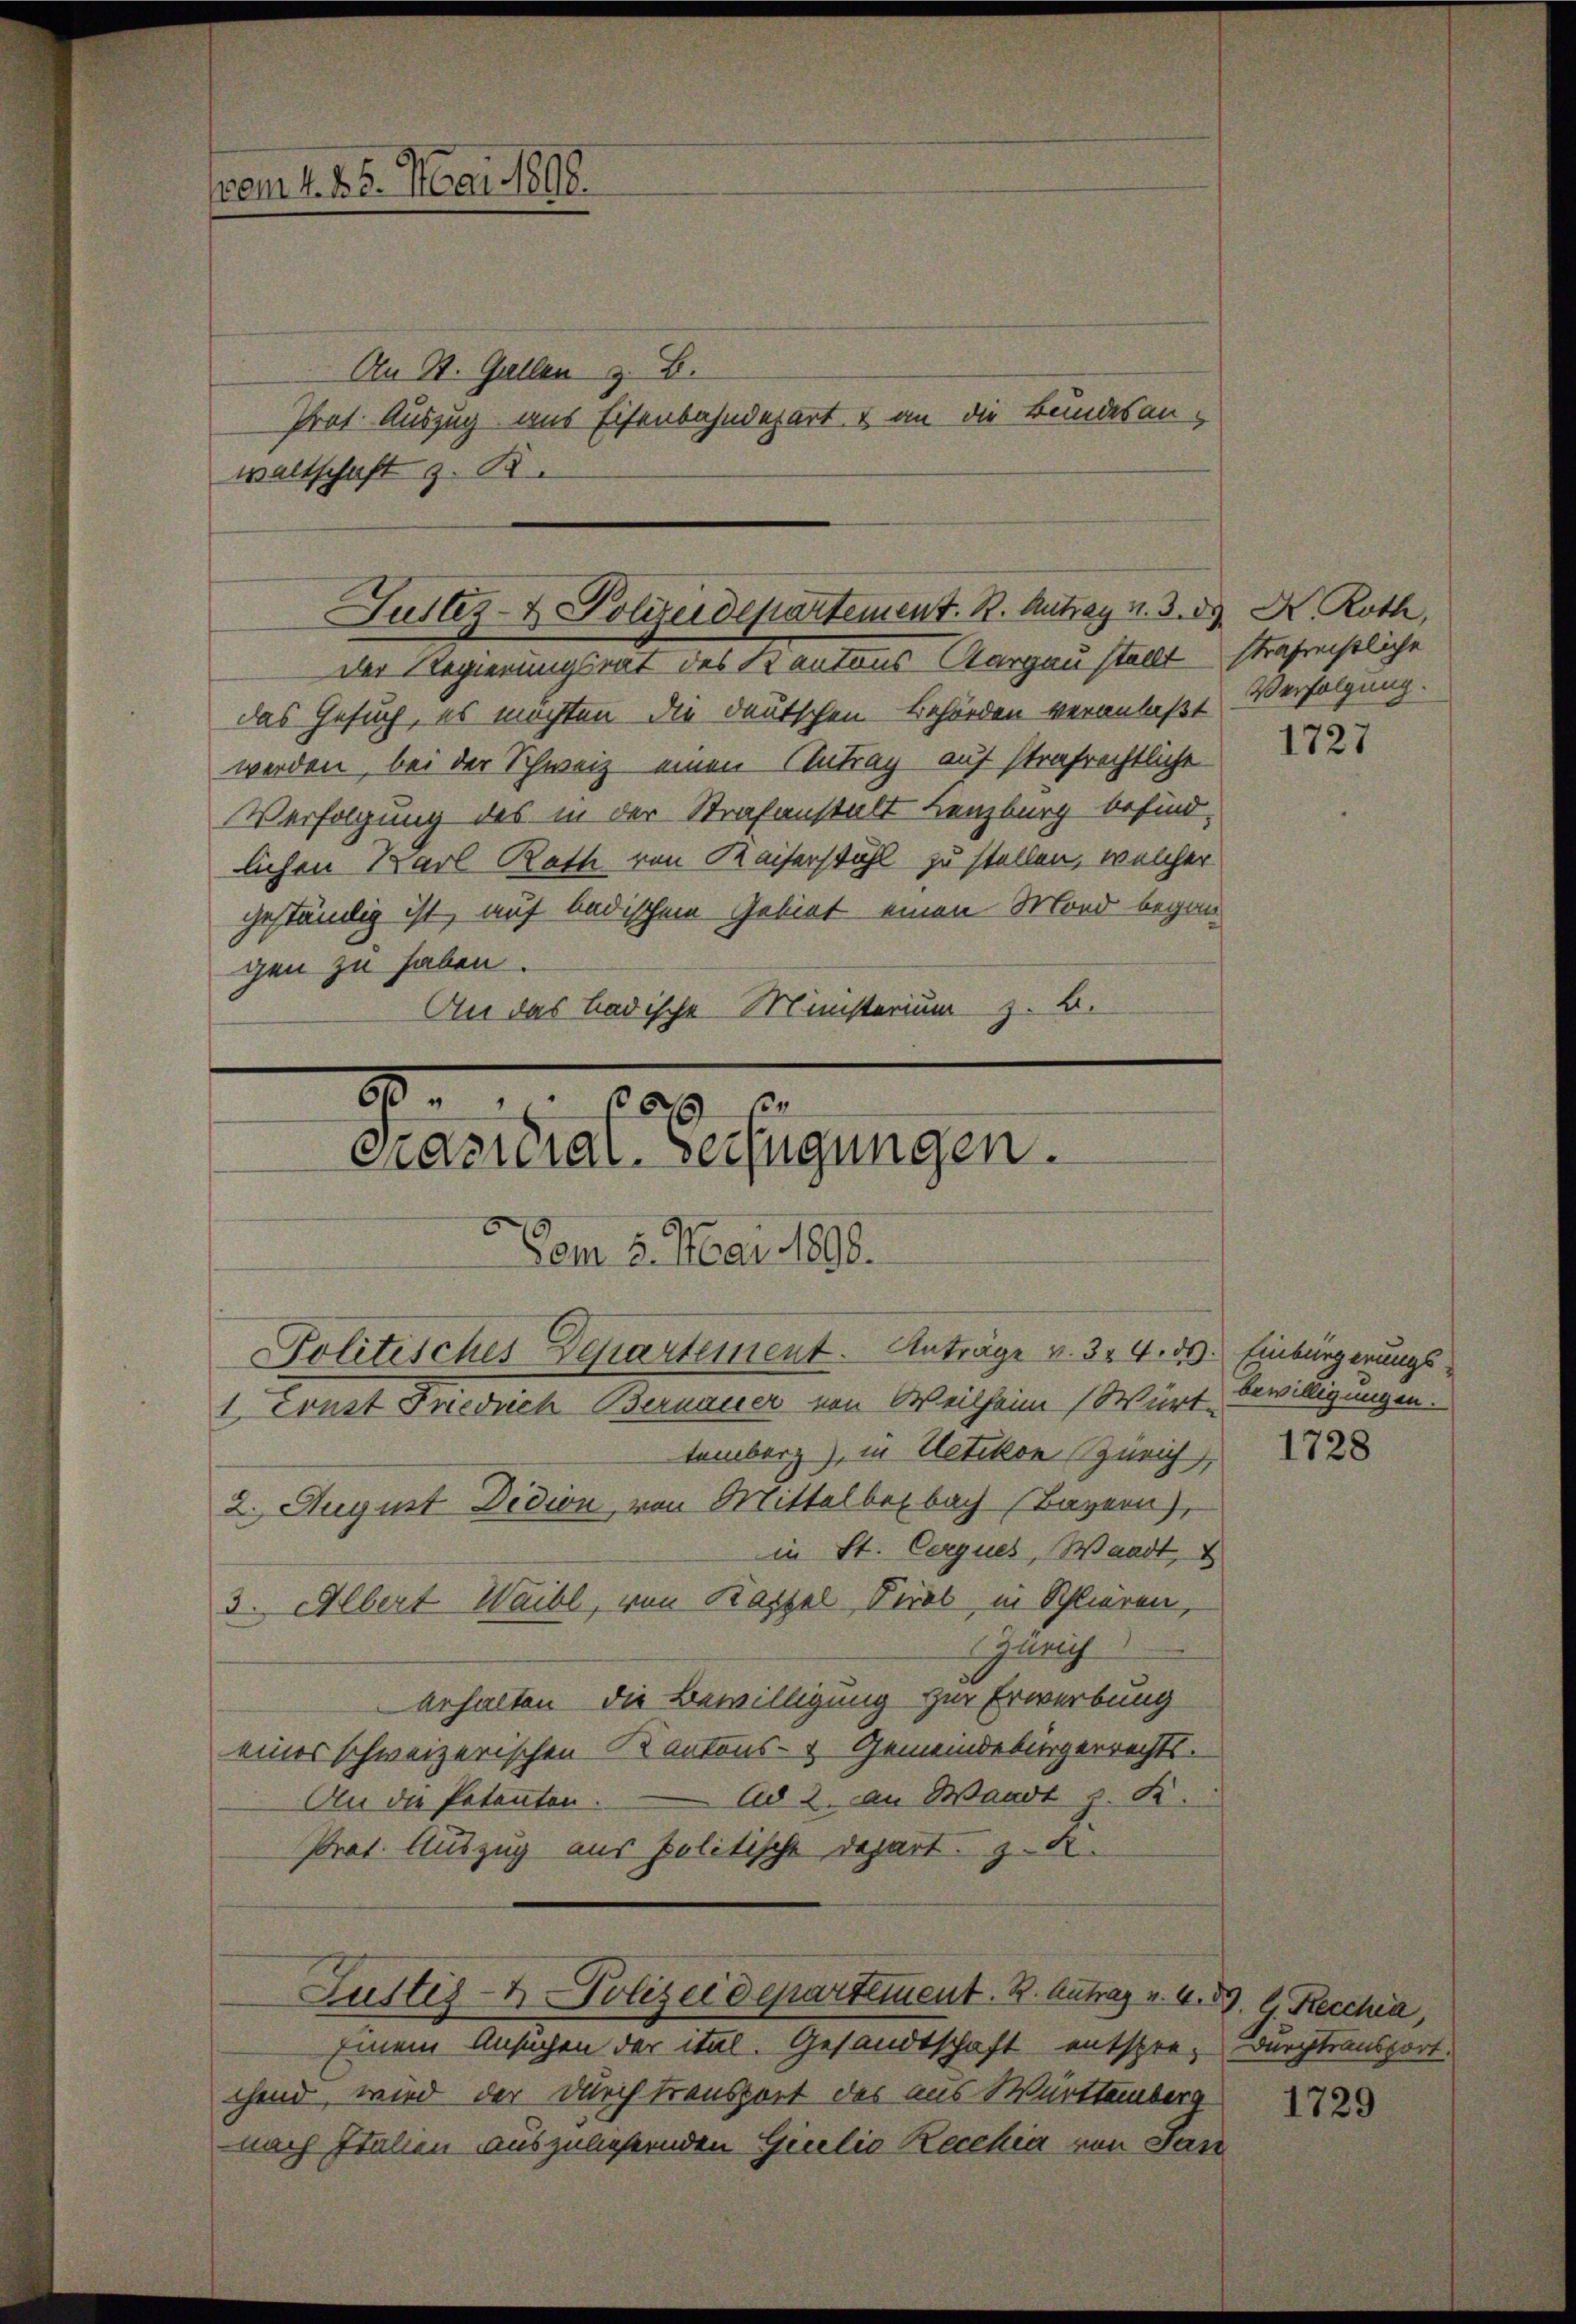
em 15. Mai 1848.

Justiz- & Polizeidepartement. B. Antrag v. 3. d

30.
0 x

casidial-Verfügungen.
1 Ernst Friedrich Bernauer von Weilheim Württemberg), in Uetikon Zürich,
2. August Didion, von Mittelberbach (Bayern),

An St. Gallen z. B.
Prof. Auszug aus Eisenbahndepart & an die Bundesan-
waltschaft z. B.

der Regierungsrat des Kantons Aargau stellt strafenstliche
das Gesuch, es möchten die deutschen Behörden veranlaßt
werden, bei der Schweiz einen Antrag auf strafrechtliche
Verfolgung des in der Strafanstalt Lenzburg besind,
lichen Karl Rath von Kaiserstuhl zu stellen, welcher
geständig ist, auf bedischen Gebiet einen Mord began
gen zu haben.
An das badische Ministerium z. B.

Dam 5. Mai 1898.
Politisches Departement. Anträge v. 3. 4. ds. Einbürgerungs¬

in St. Cerques, Waadt,
3. Albert Waibl, von Kassel, Tirol, in Schlieren,
Zürich
behalten die Bewilligung zur Erwerbung
eines schweizerischen Kantons- & Gemeindebürgerrechts.
An die Petenten. Ad 2. an Waadt s. R.
Prot. Auszug aus politische Depart z. B.
Justiz- & Polizeidepartement. B. Antrag u. A. B. G. Recchia,
Einem Ansuchen der ital. Gesandtschaft entspre- Durchtransport.
chend, wird der durch transport des aus Württemberg
nach Italien auszuliefernden Giulio Recchia von Jan

K. Roth,
Verfolgung.

1727

bewilligungen.

1728

1729